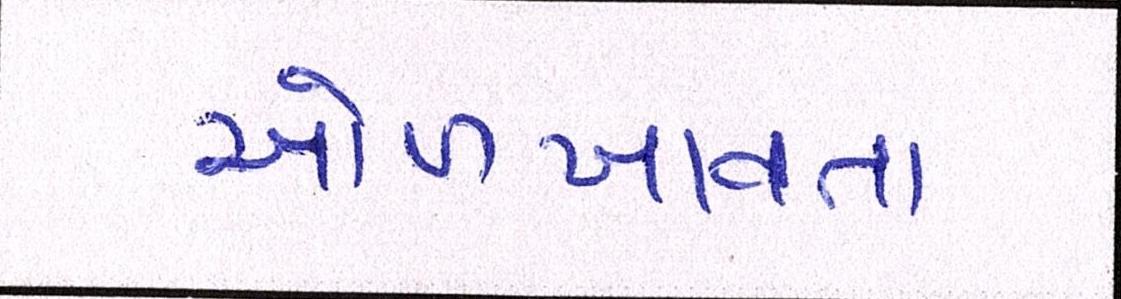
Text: ઓળખાવતા